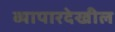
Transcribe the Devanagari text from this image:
व्यापारदेखील